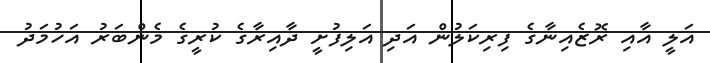
އަލީ އާއި ރޮޒެއިނާގެ ފިރިކަލުން އަދި އަލިފުށީ ދާއިރާގެ ކުރީގެ މެންބަރު އަހުމަދު